Report of the Bombay Veterinary College
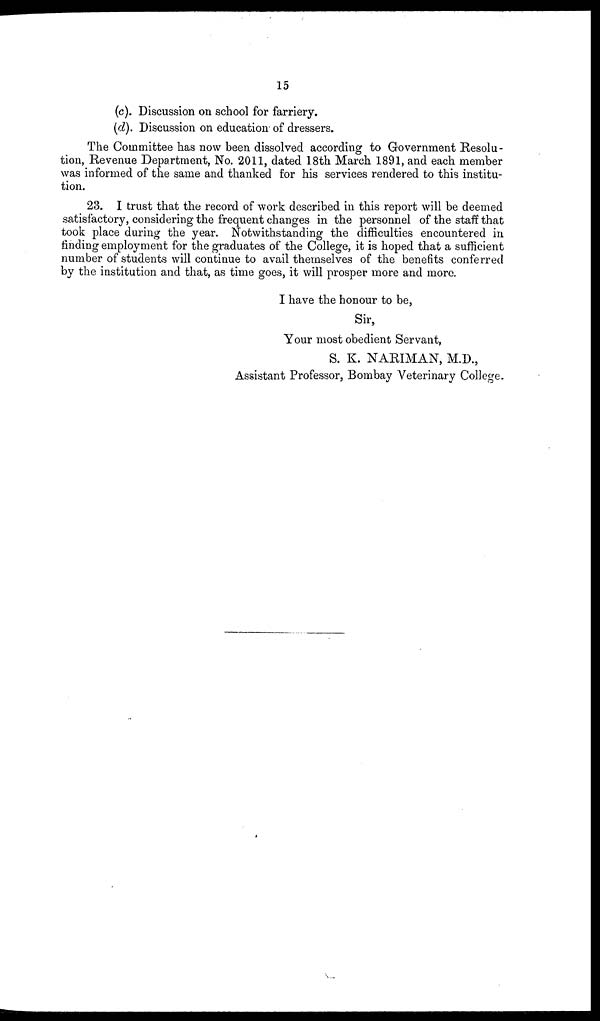
15
(c). Discussion on school for farriery.
(d). Discussion on education of dressers.
The Committee has now been dissolved according to Government Resolu-
tion, Revenue Department, No. 2011, dated 18th March 1891, and each member
was informed of the same and thanked for his services rendered to this institu-
tion.
23. I trust that the record of work described in this report will be deemed
satisfactory, considering the frequent changes in the personnel of the staff that
took place during the year. Notwithstanding the difficulties encountered in
finding employment for the graduates of the College, it is hoped that a sufficient
number of students will continue to avail themselves of the benefits conferred
by the institution and that, as time goes, it will prosper more and more.
I have the honour to be,
Sir,
Your most obedient Servant,
S. K. NARIMAN, M.D.,
Assistant Professor, Bombay Veterinary College.